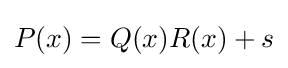
P(x)=Q(x)R(x)+s\,\!